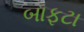
બાફટા